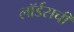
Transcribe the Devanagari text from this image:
लॉर्डसची